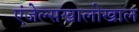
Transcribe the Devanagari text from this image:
एंजेल्सखालोखाल